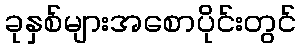
ခုနှစ်များအစောပိုင်းတွင်